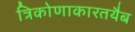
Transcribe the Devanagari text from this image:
त्रिकोणाकारतयैब